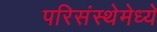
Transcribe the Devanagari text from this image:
परिसंस्थेमेध्ये